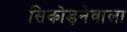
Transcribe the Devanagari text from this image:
सिकोड़नेवाला